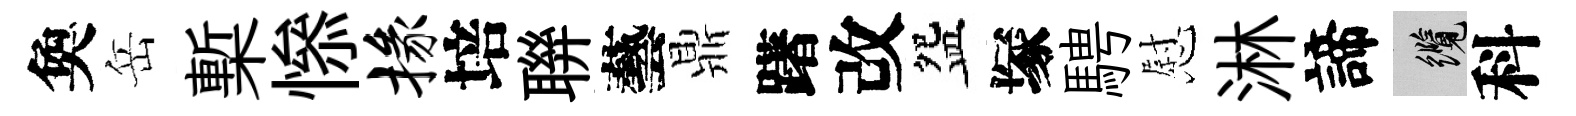
奐岳槧𢡖掾培聨藝鼎躇改盌塚騁慰淋諦纜科